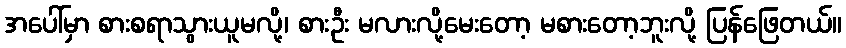
အပေါ်မှာ စားစရာသွားယူမလို့၊ စားဦး မလားလို့မေးတော့ မစားတော့ဘူးလို့ ပြန်ဖြေတယ်။